Insane asylums in Bengal annual reports 1867-1875 - 1867-1875
Year: 1867
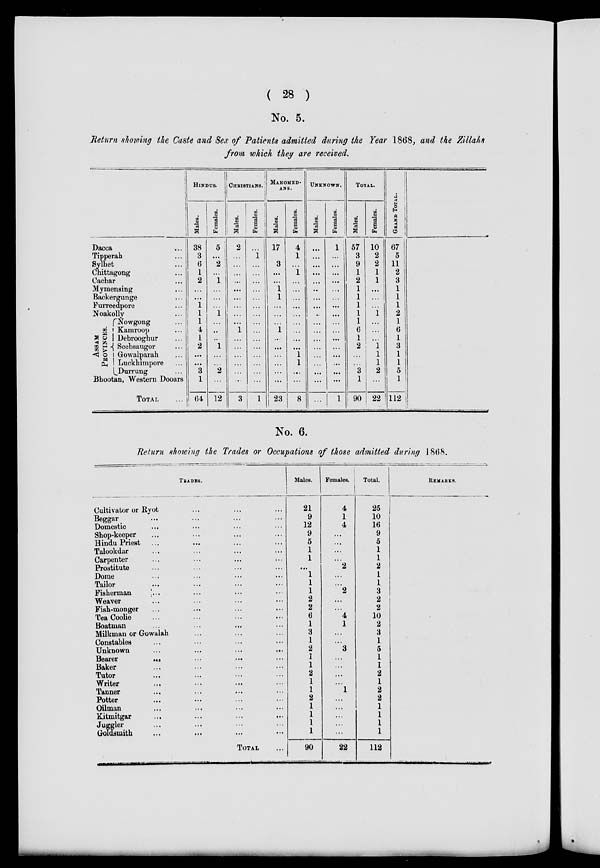
( 28 )
No. 5.
Return showing the Caste and Sex of Patients admitted during the Year 1868, and the Zillahs
from which they are received.
Dacca ...
Tipperah ...
Sylhet ...
Chittagong ...
Cachar ...
Mymensing ...
Backergunge ...
Furreedpore ...
Noakolly ...
AS S AM
P ROVINCES .
Nowgong ...
Kamroop ...
Debrooghur ...
Seebsaugor ...
Gowalparah ...
Luckhimpore ...
Durrung ...
Bhootan, Western Dooars
TOTAL ...
HINDUS.
Males.
38
3
6
1
2
...
...
1
1
1
4
1
2
...
...
3
1
64
Females.
5
...
2
...
1
...
...
...
1
...
...
...
1
...
...
2
...
12
CHRISTIANS.
Males.
2
...
...
... ...
...
...
...
...
...
1
...
...
...
...
...
...
3
Females.
...
1
...
... ...
...
...
...
...
...
...
...
...
...
...
...
...
1
MAHOMED-
ANS.
Males.
17
...
3
...
...
1
1
...
...
...
1
...
...
...
...
...
...
23
Females.
4
1
...
1
...
...
...
...
...
...
...
...
...
1
1
...
...
8
UNKNOWN.
Males.
...
...
...
...
...
...
...
...
..
...
...
...
...
...
...
...
...
...
Females.
1
...
...
...
...
...
...
...
...
...
...
...
...
...
...
...
...
1
TOTAL.
Males.
57
3
9
1
2
1
1
1
1
1
6
1
2
...
...
3
1
90
Females.
10
2
2
1
1
...
...
...
1
...
...
...
1
1
1
2
...
22
GRAND TOTAL.
67
5
11
2
3
1
1
1
2
1
6
1
3
1
1
5
1
112
No. 6.
Return showing the Trades or Occupations of those admitted during 1868.
TRADES.
Cultivator or Ryot ... ... ...
Beggar ... ... ... ...
Domestic ... ... ... ...
Shop-keeper ... ... ... ...
Hindu Priest ...
...
...
...
Talookdar ... ... ... ...
Carpenter ... ... ... ...
Prostitute ... ... ... ...
Dome ... ... ... ...
Tailor ... ... ... ...
Fisherman
... ... ... ...
Weaver ... ... ... ...
Fish-monger ... ... ... ...
Tea Coolie ... ... ... ...
Boatman ... ... ... ...
Milkman or Gowalah ... ... ...
Constables ... ... ... ...
Unknown ... ... ... ...
Bearer
... ... ... ...
Baker ... ... ... ...
Tutor ... ... ... ...
Writer ... ... ... ...
Tanner ... ... ... ...
Potter ... ... ... ...
Oilman ... ... ... ...
Kitmitgar ... ... ... ...
Juggler ... ... ... ...
Goldsmith ... ... ... ...
TOTAL ...
Males.
21
9
12
9
5
1
1
...
1
1
1
2
2
6
1
3
1
2
1
1
2
1
1
2
1
1
1
1
90
Females.
4
1
4
...
...
...
...
2
...
...
2
...
...
4
1
...
...
3
...
...
...
...
1
...
...
...
...
...
22
Total.
25
10
16
9
5
1
1
2
1
1
3
2
2
10
2
3
1
5
1
1
2
1
2
2
1
1
1
1
112
REMARKS.